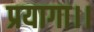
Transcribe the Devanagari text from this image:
प्रयागा।।